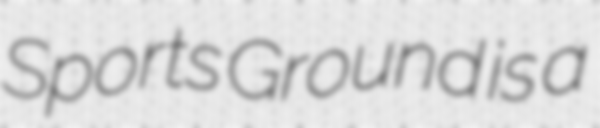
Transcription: Sports Ground is a